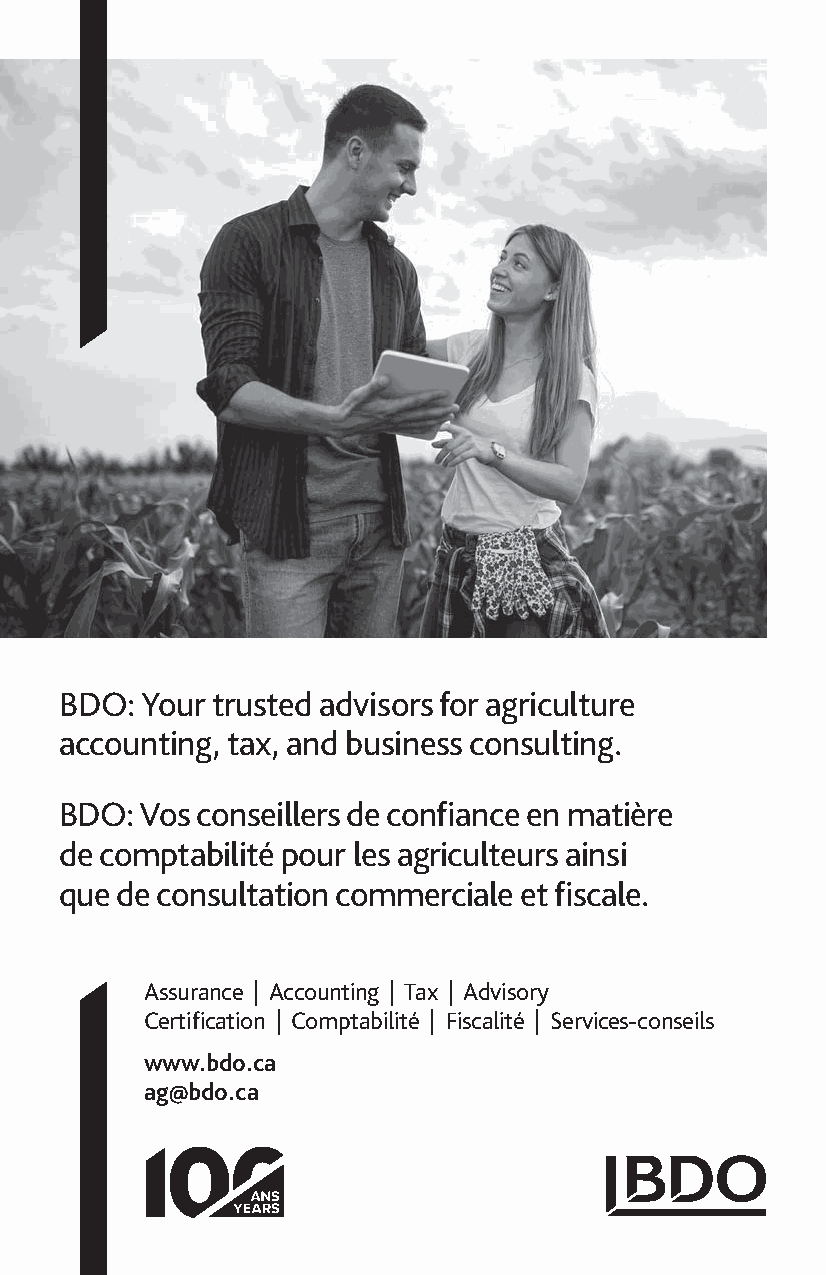
BDO: Your trusted advisors for agriculture
 accounting, tax, and business consulting.
 BDO: Vos conseillers de confiance en matière
 de comptabilité pour les agriculteurs ainsi
 que de consultation commerciale et fiscale.
 Assurance | Accounting | Tax | Advisory
 Certification | Comptabilité | Fiscalité | Services-conseils
 www.bdo.ca
 ag@bdo.ca
 35